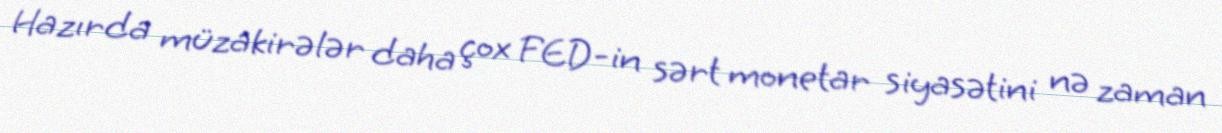
Hazırda müzakirələr daha çox FED-in sərt monetar siyasətini nə zaman